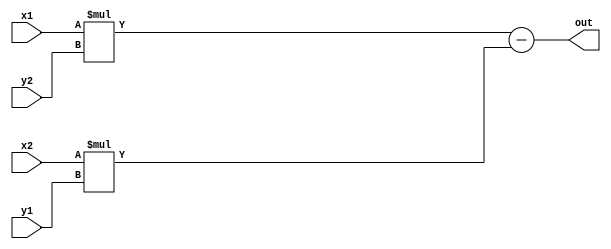

module cross2D(x1, y1, x2, y2, out);
	parameter WIDTH=16;
	input wire [WIDTH-1:0] x1, y1, x2, y2;
	output wire [WIDTH-1:0] out;
	assign out = x1*y2 - x2*y1;
endmodule